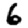
Digit: 6